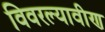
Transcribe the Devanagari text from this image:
विवरल्यावीण